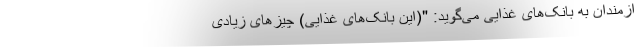
ازمندان به بانک‌های غذایی می‌گوید: "(این بانک‌های غذایی) چیزهای زیادی